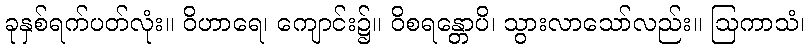
ခုနှစ်ရက်ပတ်လုံး။ ဝိဟာရေ၊ ကျောင်း၌။ ဝိစရန္တောပိ၊ သွားလာသော်လည်း။ ဩကာသံ၊